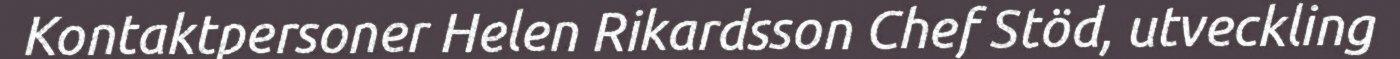
Kontaktpersoner Helen Rikardsson Chef Stöd, utveckling